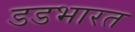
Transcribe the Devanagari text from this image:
डडभारत